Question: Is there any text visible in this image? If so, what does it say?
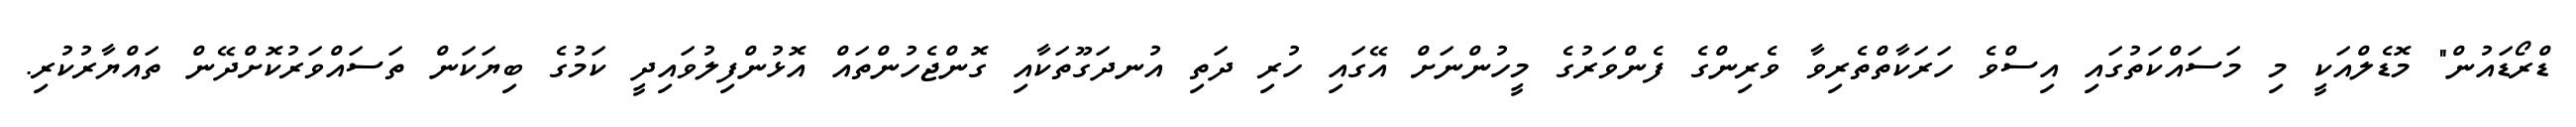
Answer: ޑްރޯޑައުން" މޮޑެލްއަކީ މި މަސައްކަތުގައި އިސްވެ ހަރަކާތްތެރިވާ ވެރިންގެ ފެންވަރުގެ މީހުންނަށް އޭގައި ހުރި ދަތި އުނދަގޫތަކާއި ގޮންޖެހުންތައް އޮޅުންފިލުވައިދީ ކަމުގެ ބިޔަކަން ތަސައްވަރުކޮށްދޭން ތައްޔާރުކުރި.